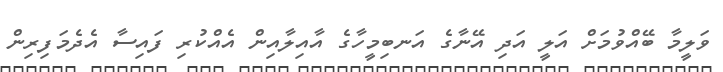
ވަލީމާ ބޭއްވުމަށް އަލީ އަދި އޭނާގެ އަނބިމީހާގެ އާއިލާއިން އެއްކުރި ފައިސާ އެދެމަފިރިން